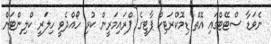
ނެވަޑާ ސްޓޭޓްގައި އޮތް ޑިމޮކްރަޓިކް ޕާޓީގެ ޕްރައިމަރީން ކުރި ހޯއްދެވީ ހިލަރީ ކްލިންޓަން